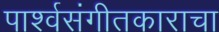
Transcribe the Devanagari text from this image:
पार्श्वसंगीतकाराचा